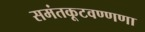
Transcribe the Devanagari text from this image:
समंतकूटवण्णणा